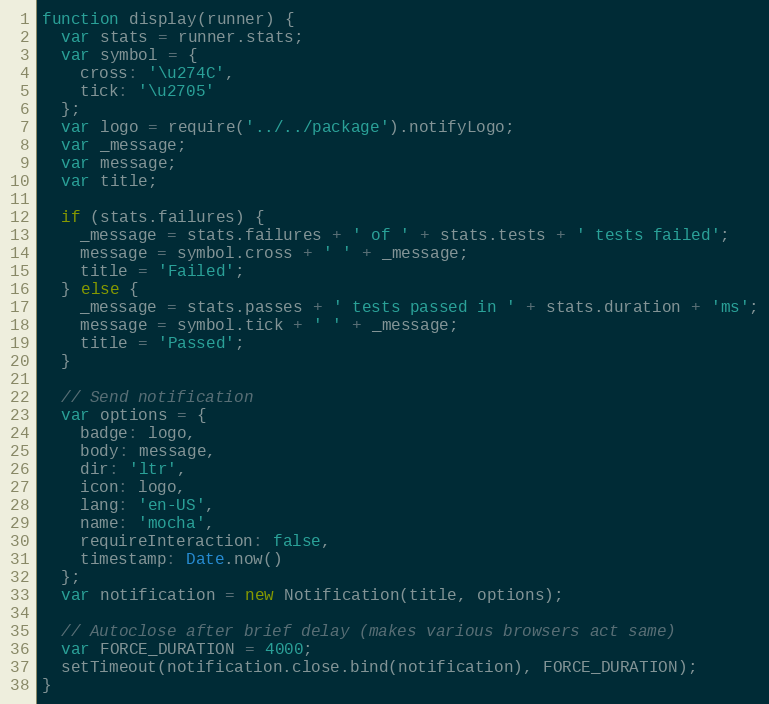
Language: JavaScript
function display(runner) {
  var stats = runner.stats;
  var symbol = {
    cross: '\u274C',
    tick: '\u2705'
  };
  var logo = require('../../package').notifyLogo;
  var _message;
  var message;
  var title;

  if (stats.failures) {
    _message = stats.failures + ' of ' + stats.tests + ' tests failed';
    message = symbol.cross + ' ' + _message;
    title = 'Failed';
  } else {
    _message = stats.passes + ' tests passed in ' + stats.duration + 'ms';
    message = symbol.tick + ' ' + _message;
    title = 'Passed';
  }

  // Send notification
  var options = {
    badge: logo,
    body: message,
    dir: 'ltr',
    icon: logo,
    lang: 'en-US',
    name: 'mocha',
    requireInteraction: false,
    timestamp: Date.now()
  };
  var notification = new Notification(title, options);

  // Autoclose after brief delay (makes various browsers act same)
  var FORCE_DURATION = 4000;
  setTimeout(notification.close.bind(notification), FORCE_DURATION);
}